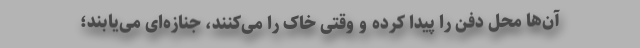
آن‌ها محل دفن را پیدا کرده و وقتی خاک را می‌کنند، جنازه‌ای می‌یابند؛